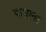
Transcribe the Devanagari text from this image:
फउलर